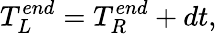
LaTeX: T_{L}^{end}=T_{R}^{end}+dt,